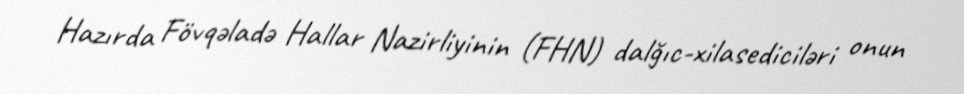
Hazırda Fövqəladə Hallar Nazirliyinin (FHN) dalğıc-xilasediciləri onun